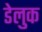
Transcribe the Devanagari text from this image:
डेलुक